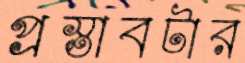
প্রস্তাবটার